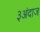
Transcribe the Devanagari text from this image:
३अंदाज